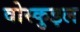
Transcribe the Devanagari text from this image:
वोस्कुइल